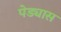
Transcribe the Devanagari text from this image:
पेड्यास